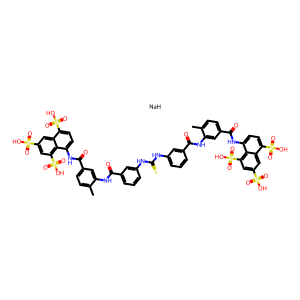
SMILES: Cc1ccc(C(=O)Nc2ccc(S(=O)(=O)O)c3cc(S(=O)(=O)O)cc(S(=O)(=O)O)c23)cc1NC(=O)c1cccc(NC(=S)Nc2cccc(C(=O)Nc3cc(C(=O)Nc4ccc(S(=O)(=O)O)c5cc(S(=O)(=O)O)cc(S(=O)(=O)O)c45)ccc3C)c2)c1.[NaH]
Inhibits HIV replication: Yes